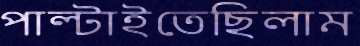
পাল্‌টাইতেছিলাম